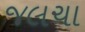
જલચા